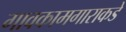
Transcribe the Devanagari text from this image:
गावकामगाराकडे